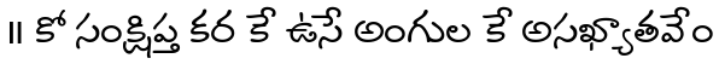
॥ కో సంక్షిప్త కర కే ఉసే అంగుల కే అసఖ్యాతవేం